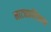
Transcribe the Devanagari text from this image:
नाट्यप्रशिक्षक